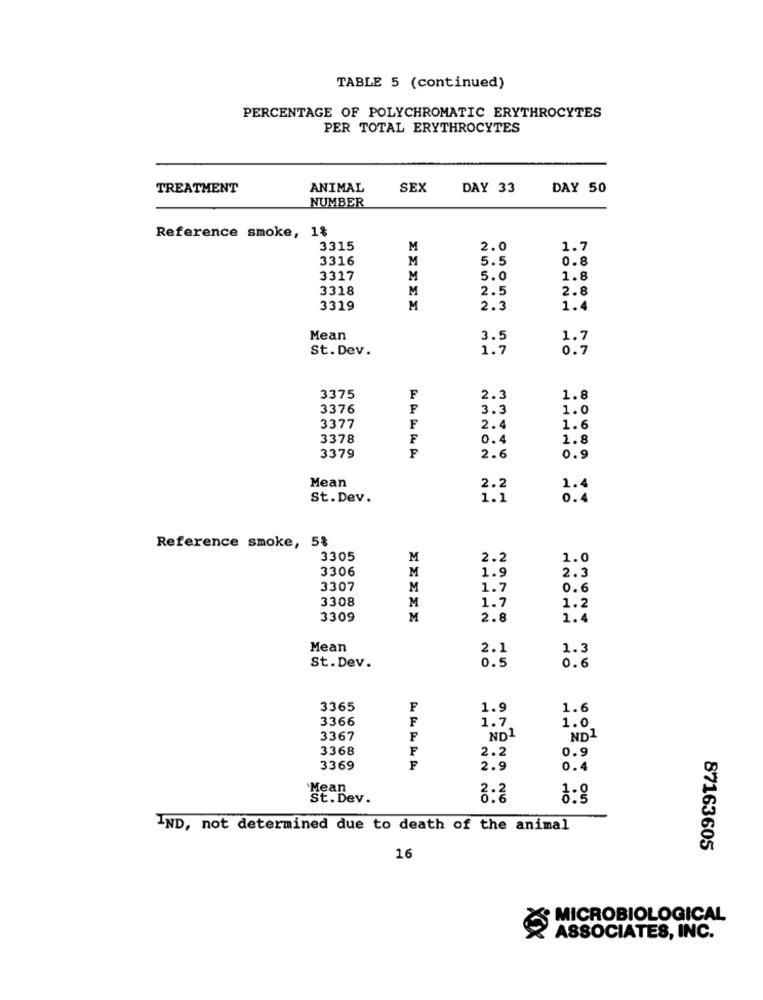
TABLE 5 (continued)
PERCENTAGE OF POLYCHROMATIC ERYTHROCYTES
PER TOTAL ERYTHROCYTES
TREATMENT
ANIMAL
SEX
DAY 33
DAY 50
NUMBER
Reference smoke, 1%
3315
M
2.0
1.7
3316
M
5.5
0.8
3317
M
5.0
1.8
3318
M
2.5
2.8
3319
M
2.3
1.4
Mean
3.5
1.7
St. Dev.
1.7
0.7
3375
F
2.3
1.8
3376
F
3.3
1.0
3377
F
2.4
1.6
3378
0.4
1.8
3379
F
2.6
0.9
Mean
2.2
1.4
St. Dev.
1.1
0.4
Reference smoke, 5%
3305
M
2.2
1.0
3306
1.9
M
2.3
3307
M
1.7
0.6
3308
1.7
M
1.2
3309
M
2.8
1.4
Mean
2.1
1.3
0.5
St.Dev.
0.6
3365
F
1.9
1.6
3366
F
1.7
1.0
3367
F
ND1
ND1
3368
2.2
0.9
F
3369
2.9
0.4
Mean
St. Dev.
8:2
8:8
IND, not determined due to death of the animal
87163605
16
MICROBIOLOGICAL
ASSOCIATES, INC.